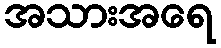
အသားအရေ